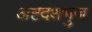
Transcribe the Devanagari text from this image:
अष्टदशभुज